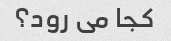
کجا می رود؟